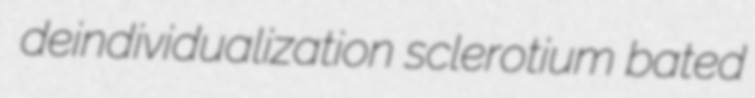
deindividualization sclerotium bated